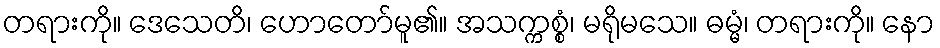
တရားကို။ ဒေသေတိ၊ ဟောတော်မူ၏။ အသက္ကစ္စံ၊ မရိုမသေ။ ဓမ္မံ၊ တရားကို။ နော